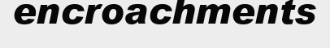
encroachments